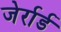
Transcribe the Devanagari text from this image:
जेर्रार्ड